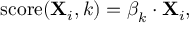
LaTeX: \operatorname { s c o r e } ( \mathbf { X } _ { i } , k ) = { \boldsymbol { \beta } } _ { k } \cdot \mathbf { X } _ { i } ,